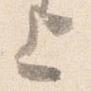
上